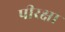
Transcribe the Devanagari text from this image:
पीरक्षा